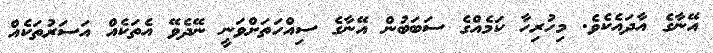
އޭނާގެ އާދައެކެވެ. މިހުރިހާ ކަމެއްގެ ސަބަބުން އޭނާގެ ސިއްހަތަށްވަނީ ނޭދެވޭ އެތަކެއް އަސަރުތަކެއް